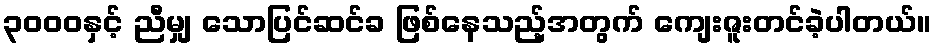
၃၀၀၀နှင့် ညီမျှ သောပြင်ဆင်ခ ဖြစ်နေသည့်အတွက် ကျေးဇူးတင်ခဲ့ပါတယ်။